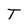
Character: T